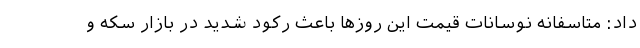
داد: متاسفانه نوسانات قیمت این روزها باعث رکود شدید در بازار سکه و